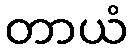
တာယံ